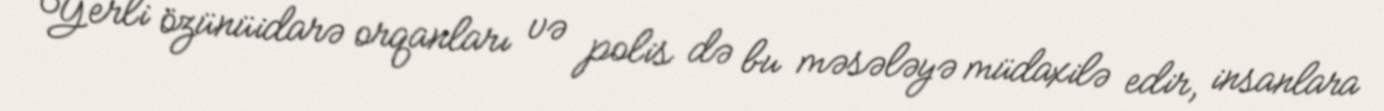
Yerli özünüidarə orqanları və polis də bu məsələyə müdaxilə edir, insanlara